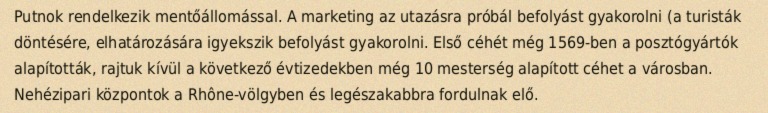
Putnok rendelkezik mentőállomással. A marketing az utazásra próbál befolyást gyakorolni (a turisták döntésére, elhatározására igyekszik befolyást gyakorolni. Első céhét még 1569-ben a posztógyártók alapították, rajtuk kívül a következő évtizedekben még 10 mesterség alapított céhet a városban. Nehézipari központok a Rhône-völgyben és legészakabbra fordulnak elő.